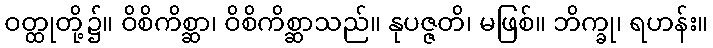
ဝတ္ထုတို့၌။ ဝိစိကိစ္ဆာ၊ ဝိစိကိစ္ဆာသည်။ နုပဇ္ဇတိ၊ မဖြစ်။ ဘိက္ခု၊ ရဟန်း။